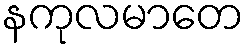
နကုလမာတေ